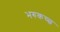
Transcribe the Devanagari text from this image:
भरुकच्छ